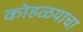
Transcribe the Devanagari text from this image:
कोहळयाचा